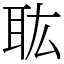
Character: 耾